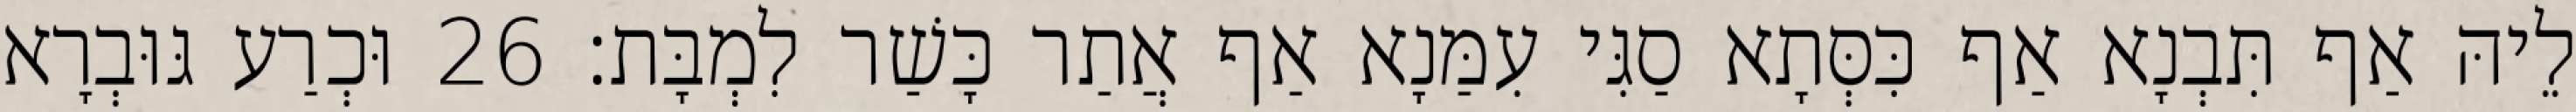
לֵיהּ אַף תִּבְנָא אַף כִּסְּתָא סַגִּי עִמַּנָא אַף אֲתַר כָּשַׁר לִמְבָּת׃ 26 וּכְרַע גּוּבְרָא